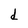
Character: d